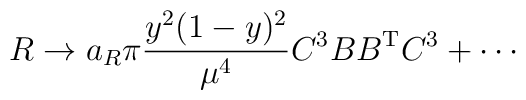
R \to a_R \pi   \frac{y^2 (1-y)^2}{\mu^4} {C^3}B B^{\rm T} {C^3} + \cdots